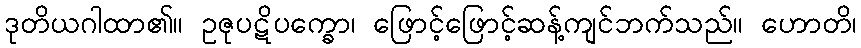
ဒုတိယဂါထာ၏။ ဥဇုပဋိပက္ခော၊ ဖြောင့်ဖြောင့်ဆန့်ကျင်ဘက်သည်။ ဟောတိ၊